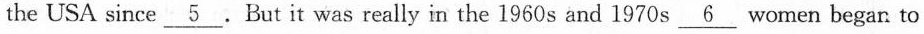
the USA since\underline{5}.But it was really in the 1960 s and 1970 s \underline{6} women began to